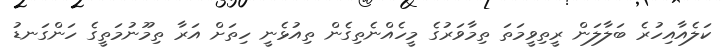
ކަލެއާއިހުރެ ބަލާލަން ރީތިވީމަތަ ތިމާވަރުގެ މީހެއްނެތިގެން ތިއުޅެނީ ހިތަށް އަރާ ތިމޫނުމަތީގެ ހަންގަނޑު